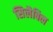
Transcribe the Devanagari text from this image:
सिलैबिल